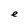
Character: e